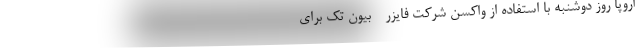
اروپا روز دوشنبه با استفاده از واکسن شرکت‌‌ فایزر - بیون تک برای